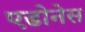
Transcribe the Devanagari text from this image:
एडोनेस